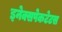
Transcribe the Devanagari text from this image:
इनेक्सपेकटेटस